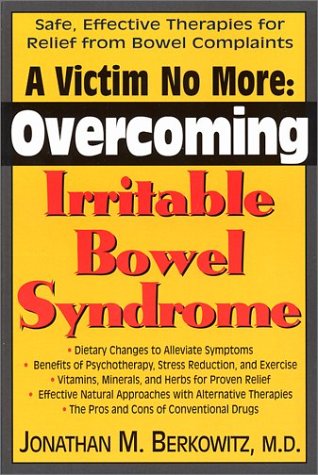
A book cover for A Victim No More: Overcoming Irritable Bowel Syndrome; Jonathan M. Berkowitz; Health, Fitness & Dieting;